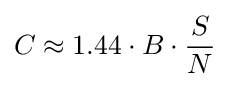
C\approx 1.44\cdot B\cdot {S \over N}